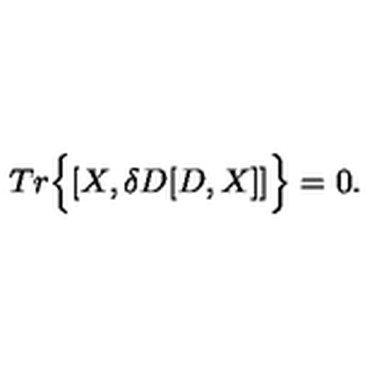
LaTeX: T r \Big \{ [ X , \delta D [ D , X ] ] \Big \} = 0 .